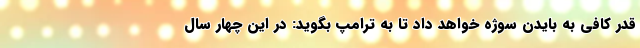
قدر کافی به بایدن سوژه خواهد داد تا به ترامپ بگوید: در این چهار سال